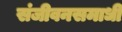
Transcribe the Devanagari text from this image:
संजीवनसमाधी